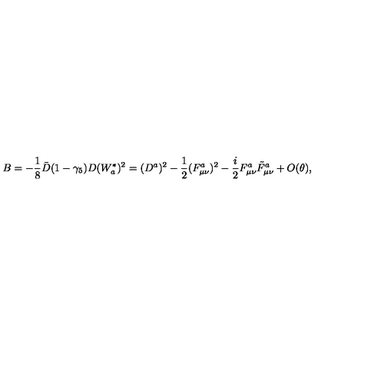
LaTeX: B = - \frac { 1 } { 8 } \bar { D } ( 1 - \gamma _ { 5 } ) D ( W _ { a } ^ { * } ) ^ { 2 } = ( D ^ { a } ) ^ { 2 } - \frac { 1 } { 2 } ( F _ { \mu \nu } ^ { a } ) ^ { 2 } - \frac { i } { 2 } F _ { \mu \nu } ^ { a } \tilde { F } _ { \mu \nu } ^ { a } + O ( \theta ) ,